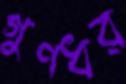
গুণধর